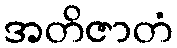
အတိဇာတံ